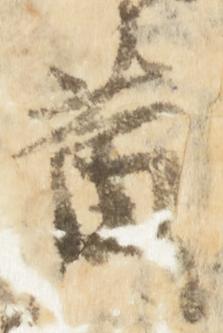
黄